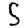
Digit: 5